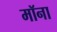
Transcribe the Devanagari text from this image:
मॉना